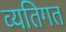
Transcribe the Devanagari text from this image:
व्‍यतिगत